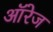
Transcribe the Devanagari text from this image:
ऑरेज